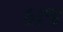
કાજ